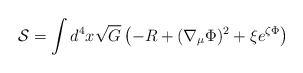
\begin{align*}{\cal S}=\int d^4 x \sqrt{G} \left(-R + (\nabla _\mu \Phi )^2 + \xi e^{\zeta \Phi}\right)\end{align*}